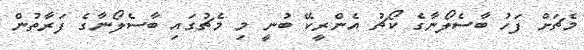
މެޗަށް ފަހު ބާސެލޯނާގެ ކޯޗު އެންރީކޭ ބުނީ މި މެޗުގައި ބާސެލޯނާގެ ފަރާތުން